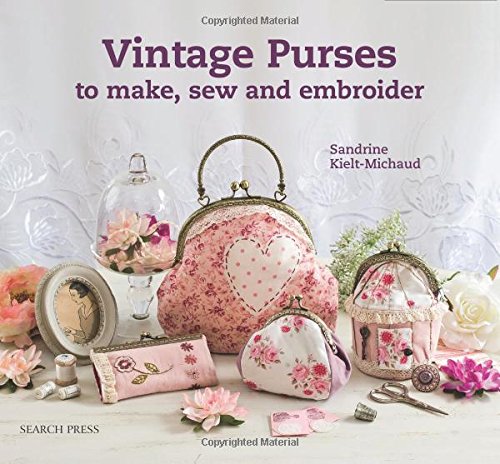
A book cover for Vintage Purses to Make, Sew & Embroider; Sandrine Kielt-Michaud; Crafts, Hobbies & Home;